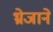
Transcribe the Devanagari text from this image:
भ्रेजाने